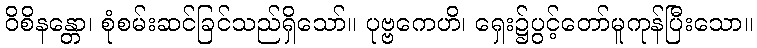
ဝိစိနန္တော၊ စုံစမ်းဆင်ခြင်သည်ရှိသော်။ ပုဗ္ဗကေဟိ၊ ရှေး၌ပွင့်တော်မူကုန်ပြီးသော။